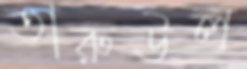
তারুউল্